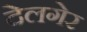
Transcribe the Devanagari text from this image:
देलगेर